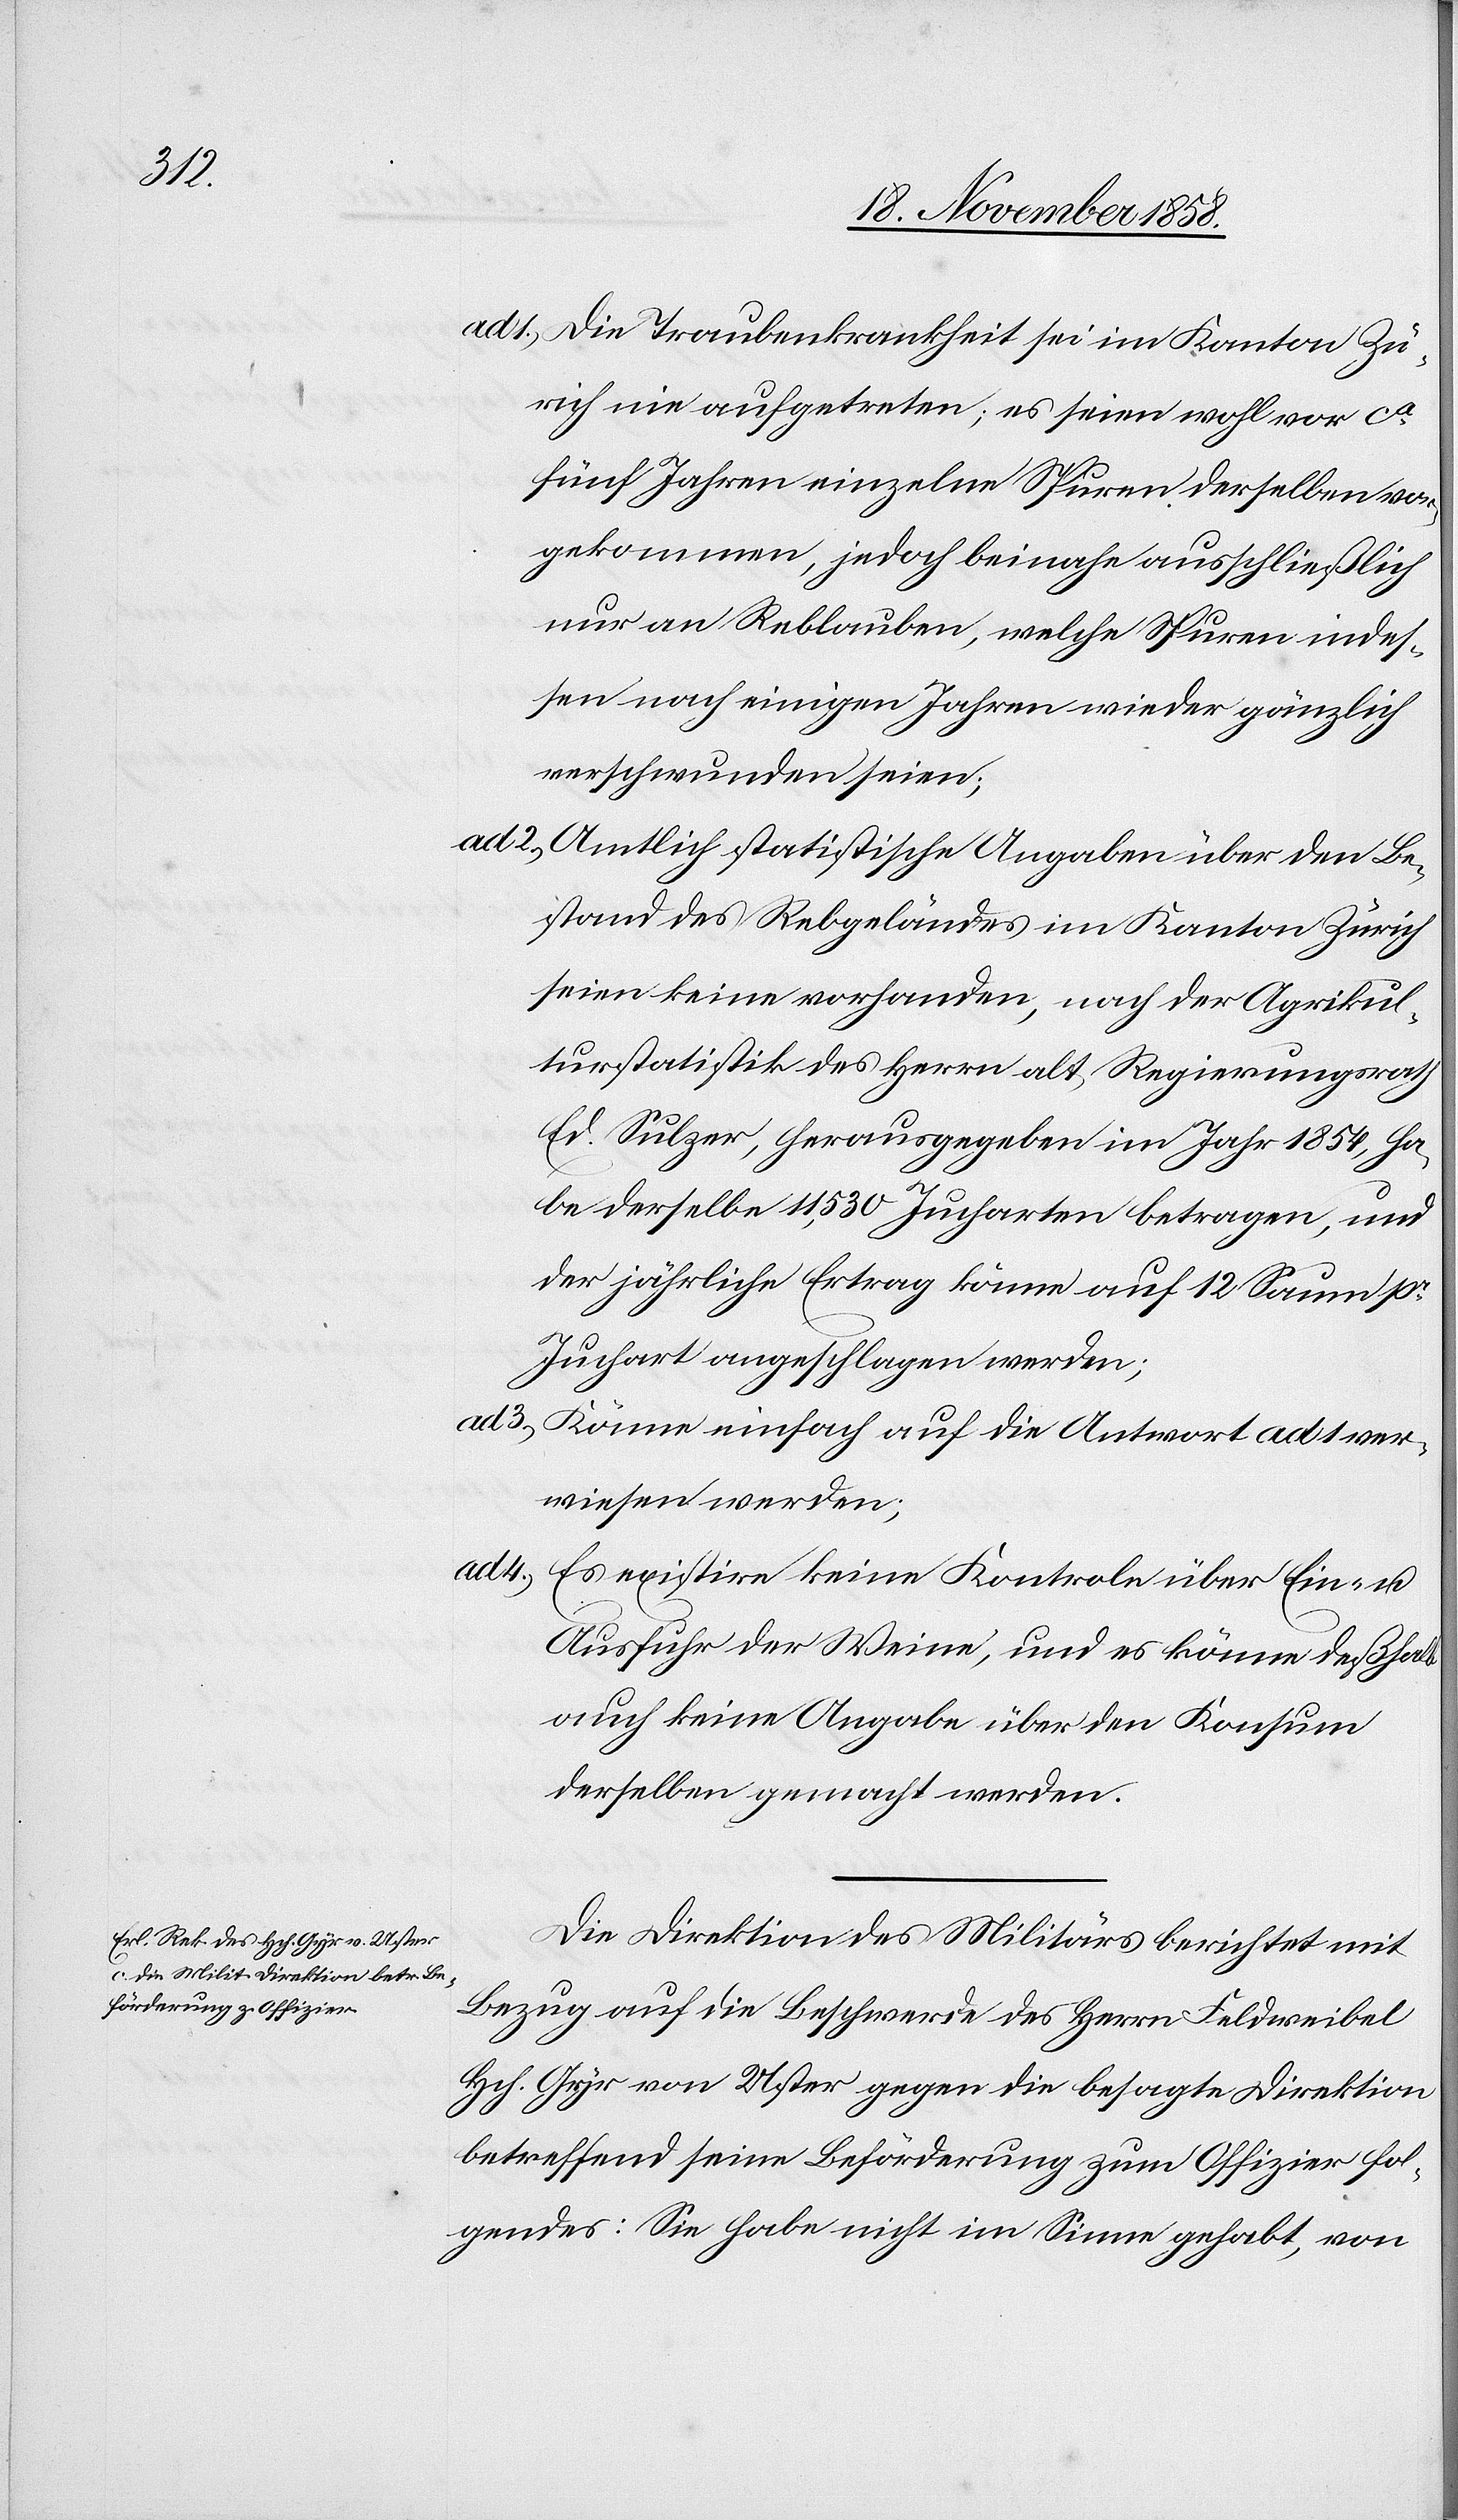
ad 1.)

Die Traubenkrankheit sei im Kanton Zü¬
rich nie aufgetreten; es seien wohl vor ca
fünf Jahren einzelne Spuren derselben vor¬
gekommen, jedoch beinahe ausschließlich
nur an Reblauben, welche Spuren indes¬
sen nach einigen Jahren wieder gänzlich
verschwunden seien;
Amtlich statistische Angaben über den Be¬
stand des Rebgeländes im Kanton Zürich
seien keine vorhanden, nach der Agrikul¬
turstatistik des Herrn alt Regierungsrath
Ed. Sulzer, herausgegeben im Jahr 1854, ha¬
be derselbe 11,530 Jucharten betragen, und
der jährliche Ertrag könne auf 12 Saum pr
Juchart angeschlagen werden;
Könne einfach auf die Antwort ad 1 ver¬
wiesen werden;
Es existire keine Kontrole über Ein- u.
Ausfuhr der Weine, und es könne deßhalb
auch keine Angabe über den Konsum
derselben gemacht werden.
Die Direktion des Militärs berichtet mit
Bezug auf die Beschwerde des Herrn Feldweibel
Hch. Gyr von Uster gegen die besagte Direktion
betreffend seine Beförderung zum Offizier fol¬
gendes: Sie habe nicht im Sinne gehabt, von

3.)